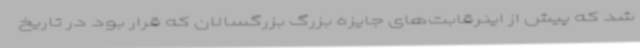
شد که پیش از اینرقابت‌های جایزه بزرگ بزرگسالان که قرار بود در تاریخ